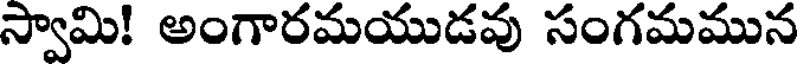
స్వామి! అంగారమయుడవు సంగమమున